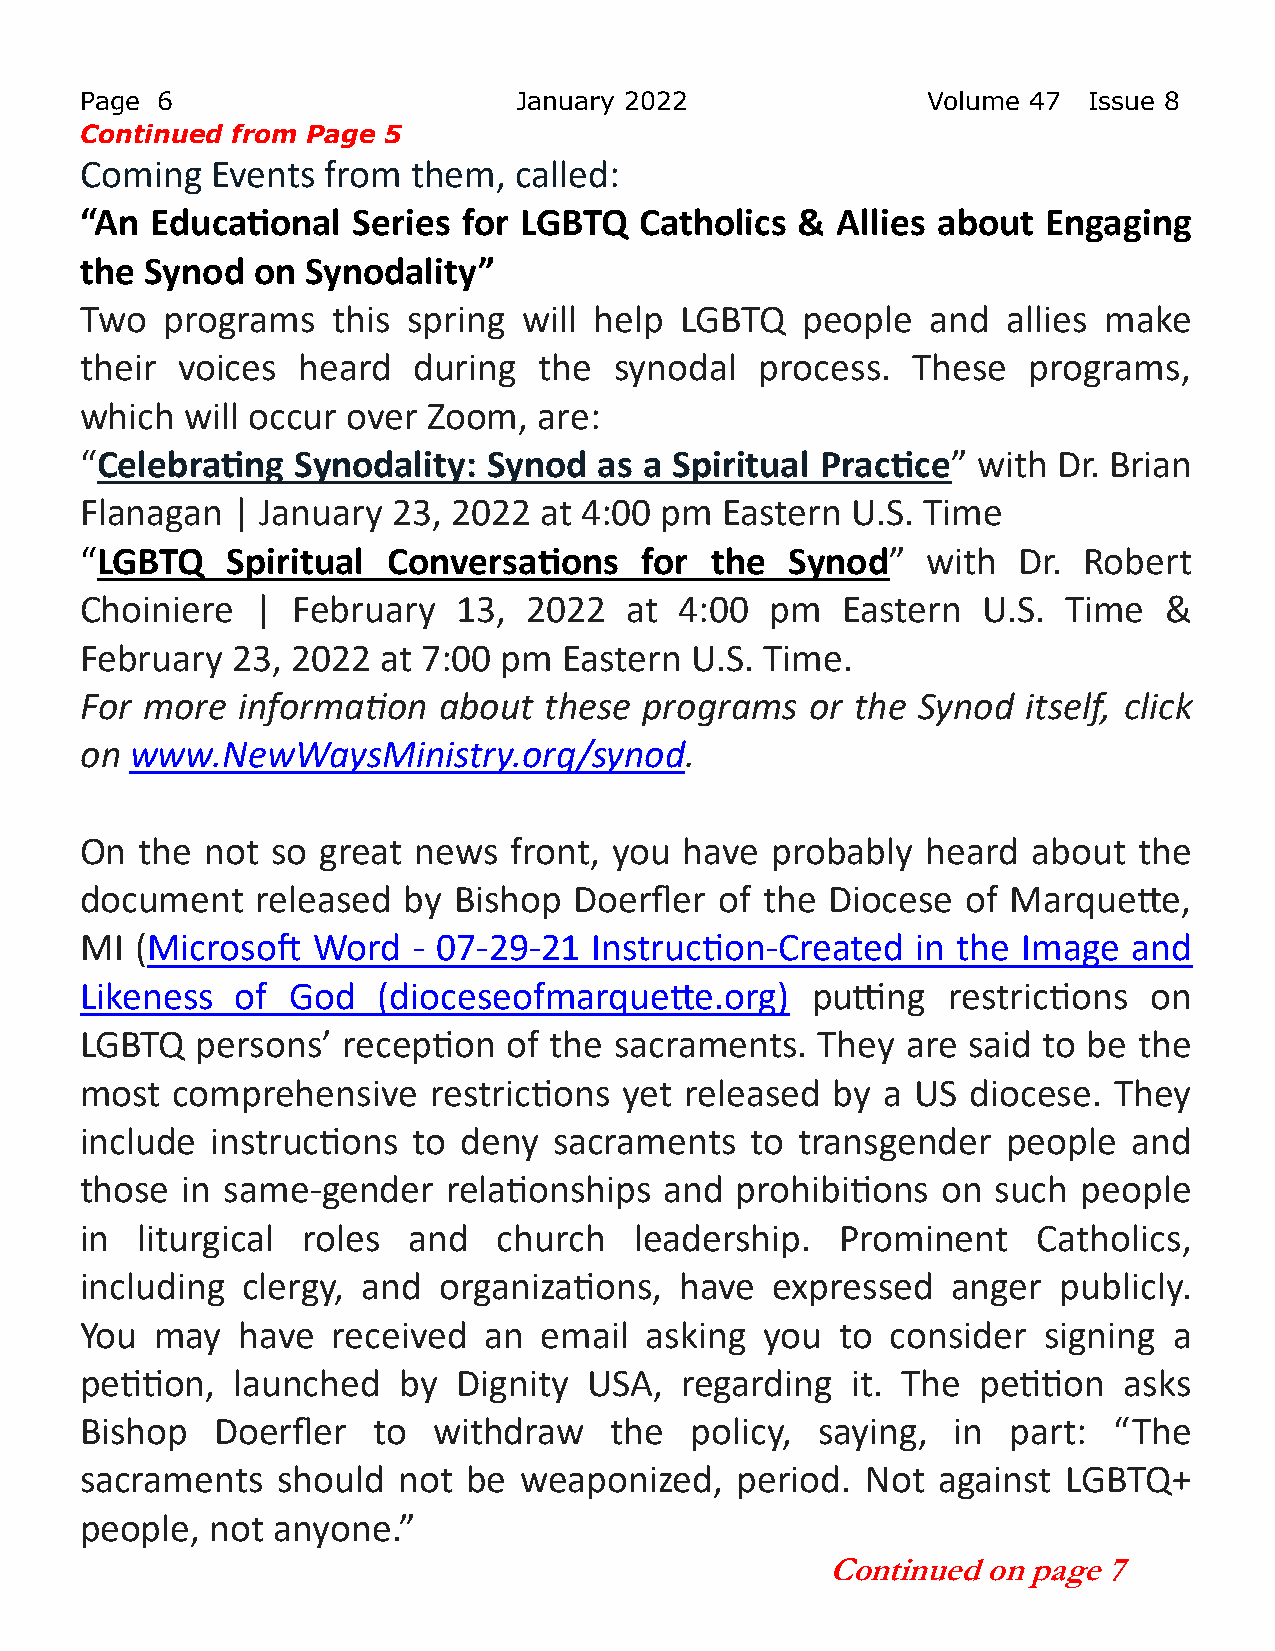
Page 6                       January 2022               Volume 47  Issue 8
 Continued from Page 5
 Coming   Events  from them,  called:
 “An  Educational  Series  for LGBTQ  Catholics  & Allies about  Engaging
 the  Synod  on Synodality”
 Two   programs   this spring  will help LGBTQ   people   and  allies make
 their  voices  heard  during   the  synodal  process.  These   programs,
 which  will occur over Zoom,   are:
 “Celebrating  Synodality:  Synod   as a Spiritual Practice” with Dr. Brian
 Flanagan  | January  23, 2022  at 4:00 pm  Eastern U.S. Time
 “LGBTQ    Spiritual  Conversations   for  the  Synod”   with  Dr.  Robert
 Choiniere   | February   13,  2022   at 4:00  pm   Eastern  U.S.  Time  &
 February  23, 2022  at 7:00 pm  Eastern  U.S. Time.
 For more   information  about  these  programs   or the Synod  itself, click
 on  www.NewWaysMinistry.org/synod.
 On  the  not so great  news  front, you have  probably  heard  about  the
 document    released  by Bishop  Doerfler  of the Diocese  of Marquette,
 MI  (Microsoft  Word  - 07-29-21  Instruction-Created   in the Image  and
 Likeness   of God   (dioceseofmarquette.org)     putting  restrictions on
 LGBTQ   persons’  reception  of the sacraments.  They  are said to be the
 most  comprehensive    restrictions yet released  by  a US diocese.  They
 include  instructions to  deny  sacraments   to transgender   people  and
 those  in same-gender    relationships and  prohibitions on  such  people
 in  liturgical roles  and   church   leadership.   Prominent    Catholics,
 including  clergy, and  organizations,  have  expressed   anger  publicly.
 You  may   have  received  an  email  asking  you  to consider  signing  a
 petition, launched   by  Dignity  USA,  regarding  it. The  petition asks
 Bishop   Doerfler   to  withdraw   the   policy, saying,  in  part:  “The
 sacraments   should  not  be weaponized,    period. Not  against  LGBTQ+
 people,  not anyone.”
 Continued on page 7